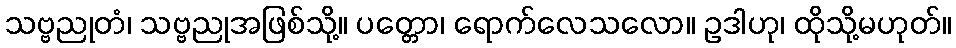
သဗ္ဗညုတံ၊ သဗ္ဗညုအဖြစ်သို့။ ပတ္တော၊ ရောက်လေသလော။ ဥဒါဟု၊ ထိုသို့မဟုတ်။